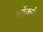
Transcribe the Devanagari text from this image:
मर्ढेकरी